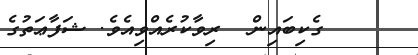
ގެކިބައިން  ރިވާކުރެއްވިއެވެ. ޝަފާޢަތުގެ